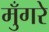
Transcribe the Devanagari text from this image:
मुँगरे